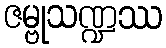
ဇမ္ဗုသဏ္ဍဿ